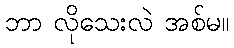
ဘာ လိုသေးလဲ အစ်မ။